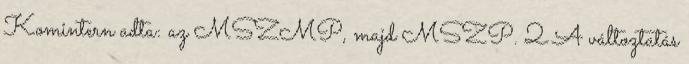
Komin­tern adta: az MSZMP, majd MSZP. 2 A változtatás